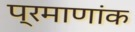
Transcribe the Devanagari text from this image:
प्रमाणांक